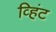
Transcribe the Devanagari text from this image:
व्हिंट